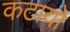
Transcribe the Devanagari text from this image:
कटायो